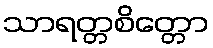
သာရတ္တစိတ္တော